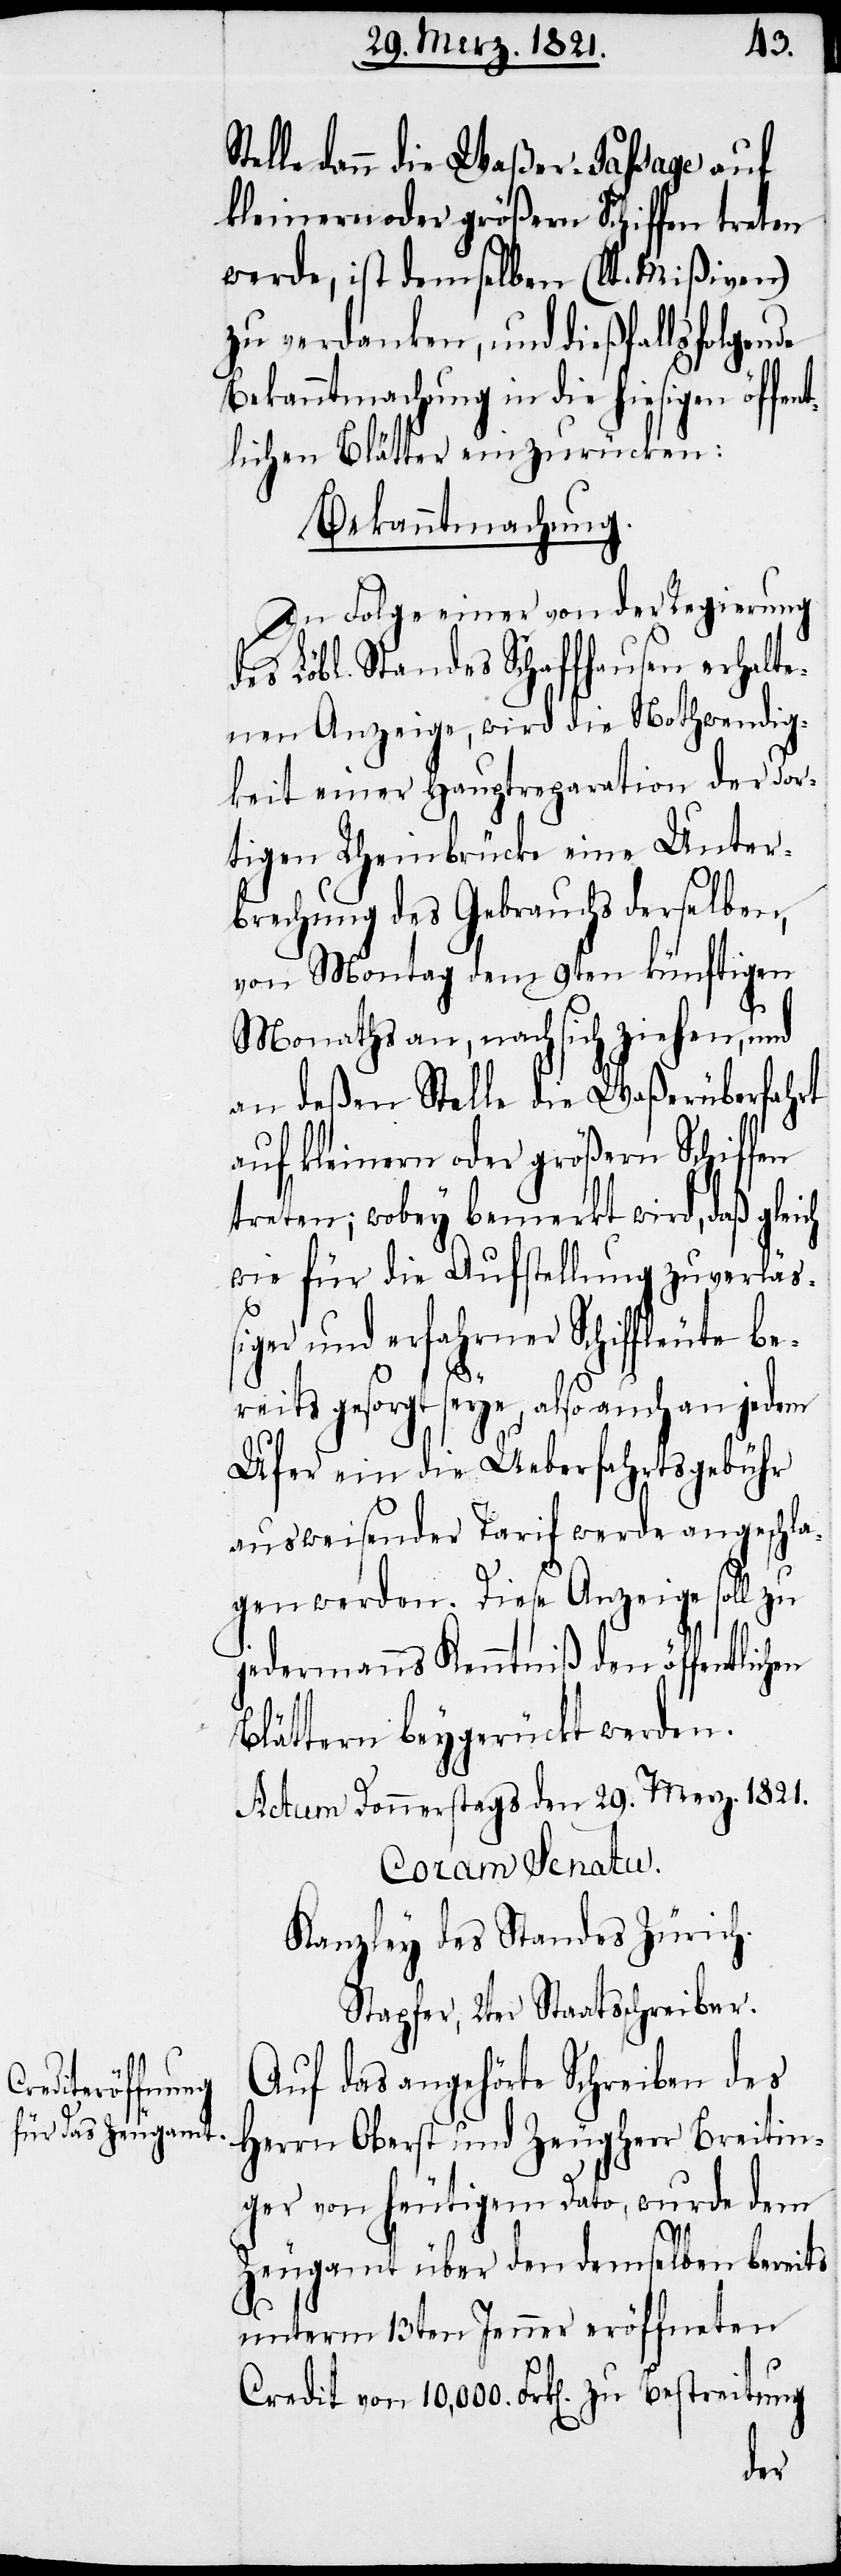
Stelle dann die Waßer-Passage auf
kleinern oder größern Schiffen treten
werde, ist demselben (lt. Mißiven)
zu verdanken, und dießfalls folgende
Bekanntmachung in die hiesigen öf¬
tlichen Blätter einzurücken:
Bekanntmachung.
In Folge einer von der Regierung
des Löbl. Standes Schaffhausen erhalt¬
enen Anzeige, wird die Nothwendig¬
keit einer Hauptreparatur der dor¬
tigen Rheinbrücke eine Unter¬
brechung des Gebrauchs derselben,
von Montag dem 9ten künftigen
la¬
Monaths an, nach sich ziehen, und
an deßen Stelle die Waßerüberfahrt
auf kleinern oder größern Schiffen
treten; wobey bemerkt wird, daß
wie für die Aufstellung zuverläß¬
iger und erfahrener Schiffleute b¬
ereits gesorgt seye, also auch an jedem
Ufer ein die Ueberfahrtsgebühr
ausweisender Tarif werde angesch¬
gen werden. Diese Anzeige soll zu
jedermanns Kenntniß den öffentlichen
Blättern beygerückt werden.
Actum Donnerstags den 29. Merz 1821.
Coram Senatu.
Kanzley des Standes Zürich.
Stapfer, 2ter Staatsschreiber.
Auf das angehörte Schreiben des
Herrn Oberst und Zeugherr Breitin¬
ger von heutigem Dato, wurde dem
Zeugamt über den demselben bereits
unterm 13ten Jenner eröffneten
Credit von 10,000. Frk[en]. zu Bestreitung
fen¬